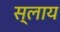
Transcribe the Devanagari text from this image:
स्लाय